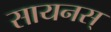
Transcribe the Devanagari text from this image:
सायनस्